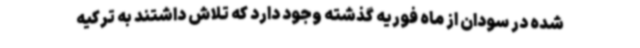
شده در سودان از ماه فوریه گذشته وجود دارد که تلاش داشتند به ترکیه